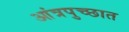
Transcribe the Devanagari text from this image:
आंत्रपुच्छात